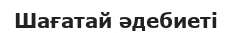
Шағатай әдебиеті